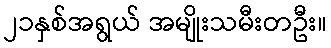
၂၁နှစ်အရွယ် အမျိုးသမီးတဦး။